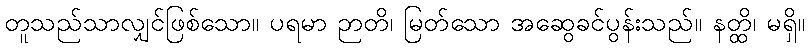
တူသည်သာလျှင်ဖြစ်သော။ ပရမာ ဉာတိ၊ မြတ်သော အဆွေခင်ပွန်းသည်။ နတ္ထိ၊ မရှိ။